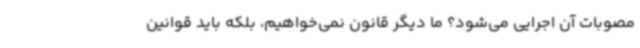
مصوبات آن اجرایی می‌شود؟ ما دیگر قانون نمی‌خواهیم، بلکه باید قوانین